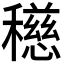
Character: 𥣓